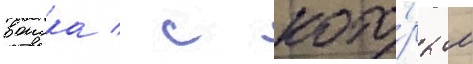
воиска / с кото́рым